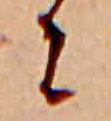
に